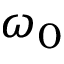
\omega _ { 0 }